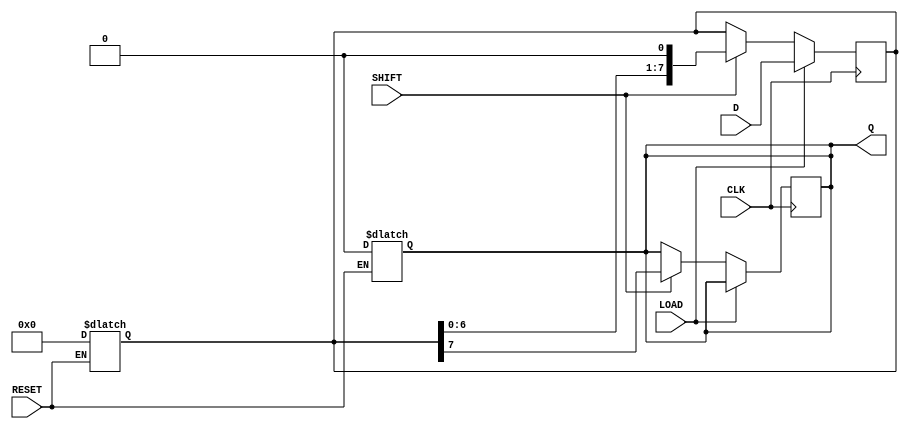
module PISO_Register #(
    parameter WIDTH = 8  // Parameter to define the width of the register
)(
    input wire [WIDTH-1:0] D,      // Parallel data input
    input wire LOAD,                // Load signal
    input wire SHIFT,               // Shift signal
    input wire CLK,                 // Clock signal
    input wire RESET,               // Reset signal
    output reg Q                   // Serial output
);

    reg [WIDTH-1:0] SR;             // Shift register

    // Asynchronous reset
    always @(*) begin
        if (RESET) begin
            SR = {WIDTH{1'b0}};      // Clear the shift register
            Q = 1'b0;                // Clear the serial output
        end
    end

    // Synchronous loading and shifting
    always @(posedge CLK) begin
        if (LOAD) begin
            SR <= D;                 // Load parallel data into the shift register
        end else if (SHIFT) begin
            Q <= SR[WIDTH-1];        // Output the MSB to Q
            SR <= {SR[WIDTH-2:0], 1'b0}; // Shift right, filling with 0
        end
    end

endmodule